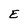
Character: E